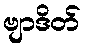
ဗျာဒိတ်